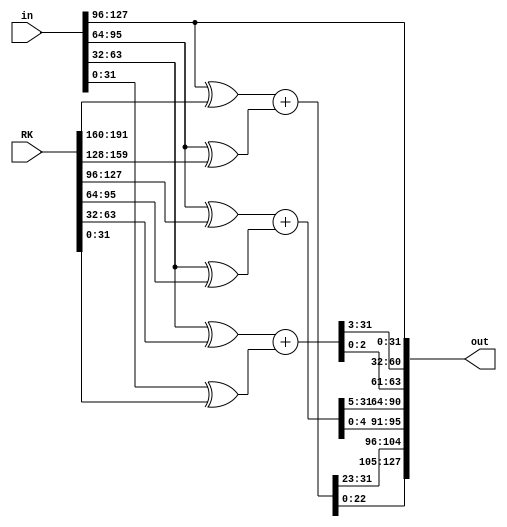
module roundU(
	output wire [127:0] out,  // output word
	input  wire [127:0] in,  // input word
	input  wire [191:0] RK  // round key
);

	/*
	 * This module does the work of a single encryption round.
	 * The input is first split into 4 32-bit parts A, B, C, D
	 * then are XOR'ed with the key parts K0..K5 according to the following list
	 * which also includes the full operation of the module
	 * A ^ RK0 + B ^ RK1 --> RL9 --> out0(32-bit)
	 * B ^ RK2 + C ^ RK3 --> RR5 --> out1(32-bit)
	 * C ^ RK4 + D ^ RK5 --> RR3 --> out2(32-bit)
	 * A               -->         out3(32-bit)
	 */
	 
	 
	//creating the rquired wires for splitting
	wire [31:0] A,    B,    C,    D;
	wire [31:0] out0, out1, out2, out3;
	wire [31:0] RK0,  RK1,  RK2,  RK3,  RK4,  RK5;
	wire [31:0] sum0, sum1, sum2;  // preshifted sum
	
	
	//splitting the input
	assign A    = in[127: 96],
			 B    = in[ 95: 64],
			 C    = in[ 63: 32],
			 D    = in[ 31:  0];
			 
	//assembling the output from its parts
	assign out[127: 96] = out0,
			 out[ 95: 64] = out1,
			 out[ 63: 32] = out2,
			 out[ 31:  0] = out3;
			 
	//splitting the key
	assign RK0 = RK[191:160],
			 RK1 = RK[159:128],
			 RK2 = RK[127: 96],
			 RK3 = RK[ 95: 64],
			 RK4 = RK[ 63: 32],
			 RK5 = RK[ 31:  0];
			 
	//finding the sums according to the description
	assign sum0 = (A ^ RK0) + (B ^ RK1),
			 sum1 = (B ^ RK2) + (C ^ RK3),
			 sum2 = (C ^ RK4) + (D ^ RK5);
			 
	//shifting and assigning the sums to the output
	assign out0 = {sum0[22:0], sum0[31:23]},
			 out1 = {sum1[4: 0], sum1[31: 5]},
			 out2 = {sum2[2: 0], sum2[31: 3]},
			 out3 = A;
			 
			 
endmodule